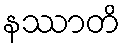
နဿာတိ